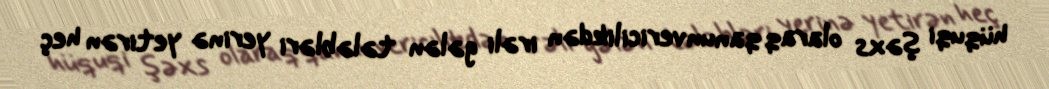
hüquqi şəxs olaraq qanunvericilikdən irəli gələn tələbləri yerinə yetirən heç